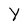
Character: Y